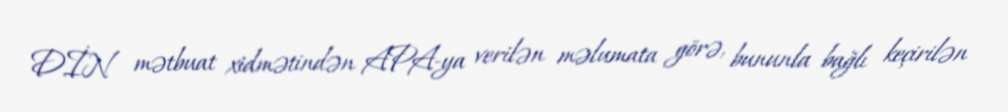
DİN mətbuat xidmətindən APA-ya verilən məlumata görə, bununla bağlı keçirilən